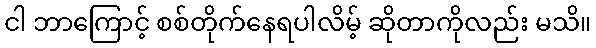
ငါ ဘာကြောင့် စစ်တိုက်နေရပါလိမ့် ဆိုတာကိုလည်း မသိ။